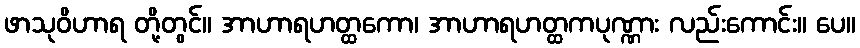
ဖာသုဝိဟာရ တို့တွင်။ အာဟာရဟတ္ထကော၊ အာဟာရဟတ္ထကပုဏ္ဏား လည်းကောင်း။ ပေ။